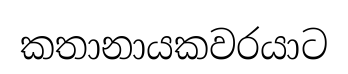
කතානායකවරයාට